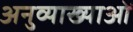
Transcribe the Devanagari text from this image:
अनुव्याख्याओं